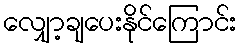
လျှော့ချပေးနိုင်ကြောင်း